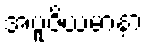
အပူဇိယမာနာ